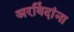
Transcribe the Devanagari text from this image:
अरविंदांना